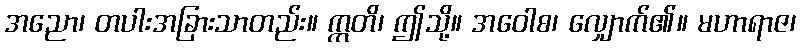
အညော၊ တပါးအခြားသာတည်း။ ဣတိ၊ ဤသို့။ အဝေါစ၊ လျှောက်၏။ မဟာရာဇ၊